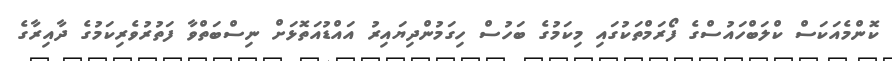
ކޮންމެއަކަސް ކްލަބްހައުސްގެ ފޯރަމްތަކުގައި މިކަމުގެ ބަހުސް ހިގަމުންދިޔައިރު އައްޑުއަތޮޅަށް ނިސްބަތްވާ ފަތުރުވެރިކަމުގެ ދާއިރާގެ